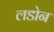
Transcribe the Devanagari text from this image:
लडोन